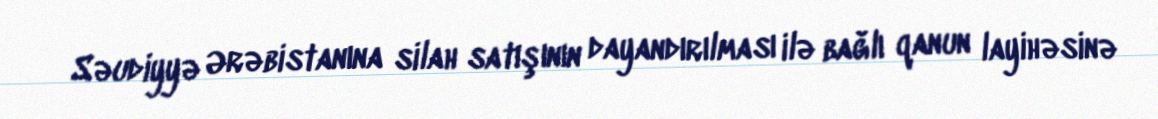
Səudiyyə Ərəbistanına silah satışının dayandırılması ilə bağlı qanun layihəsinə